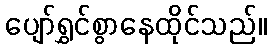
ပျော်ရွှင်စွာနေထိုင်သည်။